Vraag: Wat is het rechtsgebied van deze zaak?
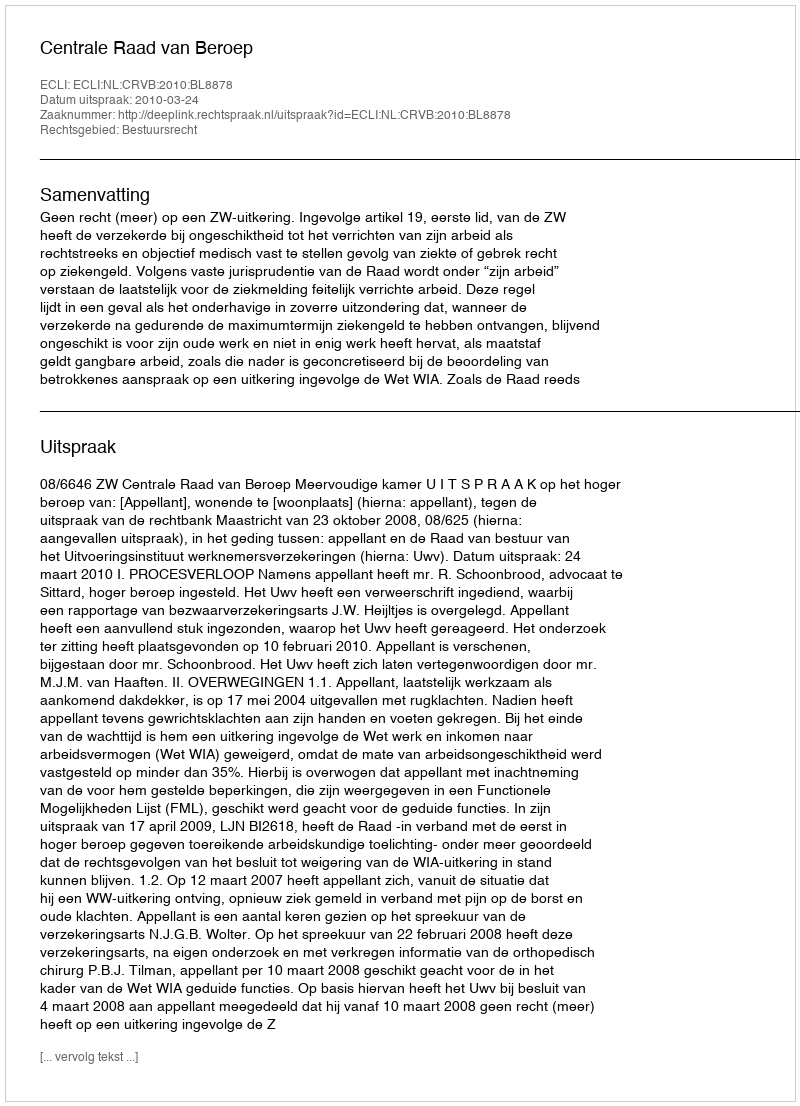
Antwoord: Bestuursrecht